Report on vaccination in Madras 1922-1929 - 1922-1929
Year: 1922
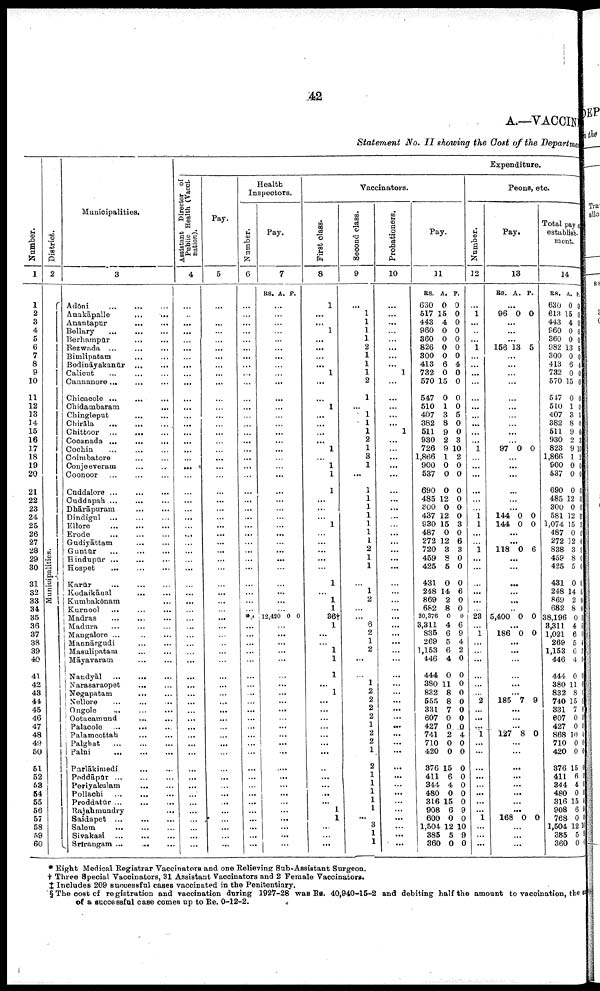
42
A.—VACCINE
Statement No. II showing the Cost of the Department
Number.
1
1
2
3
4
5
6
7
8
9
10
11
12
13
14
15
16
17
18
19
20
21
22
23
24
25
26
27
28
29
30
31
32
33
34
35
36
37
38
39
40
41
42
43
44
45
46
47
48
49
50
51
52
53
54
55
56
57
58
59
60
District.
2
Municipalities.
Municipalities.
3
Adōni...
...
...
Anakāpalle... ... ... ...
Anantapur... ... ...
Bellary...
...
...
Berhampūr... .... ...
Bezwada... ... ... ...
Bimlipatam... ... ...
Bodināyakanūr... ... ...
Calicut... ... ...
Cannanore... ... ... ...
Chicacole...
...
...
Chidambaram... ... ...
Chingleput...
...
...
Chirāla...
...
...
Chittoor...
...
...
Cocanada...
...
...
Cochin... ... ...
Coimbatore... ... ...
Conjeeveram... ... ...
Coonoor... ... ...
Cuddalore...
...
...
Cuddapah... ... ...
Dhārāpuram... ... ...
Dindigul... ... ...
Ellore...
...
...
Erode...
...
...
Gudiyāttam... ... ...
Guntūr...
...
...
Hindupūr ...
...
...
Hospet... ... ...
Karūr...
...
...
Kodaikānal...
...
...
Kumbakōnam... ... ...
Kurnool...
...
...
Madras... ... ...
Madura...
...
...
Mangalore... ... ...
Mannārgudi...
...
...
Masulipatam... ... ...
Māyavaram...
...
...
Nandyāl...
...
...
Narasaraopet... ... ...
Negapatam...
...
...
Nellore... ... ...
Ongole... ... ...
Ootacamund... ... ...
Palacole...
...
...
Palamcottah... ... ...
Palghat...
...
...
Palni...
...
...
Parlākimedi... ... ...
Peddāpūr.... ... ...
Periyakulam...
...
...
Pollachi...
...
...
Proddatūr... ... ...
Rajahmundry... ... ...
Saidapet... ... ...
Salem...
...
...
Sivakasi...
...
...
Srirangam ...
...
...
Expenditure.
Assistant Director of
Public Health (Vacci
nation).
4
...
...
...
...
...
...
...
...
...
...
...
...
...
...
...
...
...
...
...
...
...
...
...
...
...
...
...
...
...
...
...
...
...
...
...
...
...
...
...
...
...
...
...
...
...
...
...
...
...
...
...
...
...
...
...
...
...
...
...
...
Pay.
5
...
...
...
...
...
...
...
...
...
...
...
...
...
...
...
...
...
...
...
...
...
...
...
...
...
...
...
...
...
...
...
...
...
...
...
...
...
...
...
...
...
...
...
...
...
...
...
...
...
...
...
...
...
...
...
...
...
...
...
...
Health
Inspectors.
Number.
6
...
...
...
...
...
...
...
... ...
...
...
...
...
...
...
...
...
...
...
...
...
...
...
...
...
...
...
...
...
...
...
...
...
...
* 9
...
...
...
...
...
...
...
...
...
...
...
...
...
...
...
...
...
...
...
...
...
...
...
...
...
Pay.
7
RS. A. P.
...
...
...
...
...
...
...
...
...
...
...
...
...
...
...
...
...
...
...
...
...
...
...
...
...
...
...
...
...
...
...
...
...
...
12,420 0 0
...
...
...
...
...
...
...
...
...
...
...
...
...
...
...
...
...
...
...
...
...
...
...
...
...
Vaccinators.
First class.
8
1
...
...
1
...
...
...
... 1
...
...
1
...
...
...
...
1
...
1
1
1
...
...
...
1
...
...
...
...
...
1
...
1
1
36†
1
...
...
1
1
1
...
1
...
...
...
...
...
...
...
...
...
...
...
...
1
1
...
...
...
Second class.
9
...
1
1
1
1
2
1
1
1
2
1
...
1
1
1
2
1
3
1
...
1
1
1
1
1
1
1
2
1
1
...
1
2
...
...
6
2
1
2
...
...
1
2
2
2
2
1
2
2
1
2
1
1
1
1
1
...
3
1
1
Probationers.
10
...
...
...
...
...
...
...
... 1
...
...
...
...
...
1
...
...
...
...
...
...
...
...
...
...
...
...
...
...
...
...
...
...
...
...
...
...
...
...
...
...
...
...
...
...
...
...
...
...
...
...
...
...
...
...
...
...
...
...
...
Pay.
11
RS.
630
517
443
960
360
826
300
413
732
570
547
510
407
382
511
930
726
1,866
900
537
690
485
300
437
930
487
272
720
459
425
431
248
869
682
20,376
3,311
835
269
1,153
446
444
380
832
555
331
607
427
741
710
420
376
411
344
480
316
908
600
1,504
385
360
A.
0
15
4
0
0
0
0
6
0
15
0
1
3
8
9
2
9
1
0
0
0
12
0
12
15
0
12
3
8
5
0
14
2
8
0
4
6
5
6
4
0
11
8
8
7
0
0
2
0
0
15
6
4
0
15
6
0
12
5
0
P.
0
0
0
0
0
0
0
4
0
0
0
0
5
0
0
3
10
2
0
0
0
0
0
0
3
0
6
3
0
0
0
6
0
0
0
6
9
4
2
0
0
0
0
0
0
0
0
4
0
0
0
0
0
0
0
9
0
10
9
0
Peons, etc.
Number.
12
...
1
...
..
...
1
...
...
...
...
...
...
...
...
...
...
1
...
...
...
...
...
...
1 1
...
...
1
...
...
...
...
...
...
23
...
1
...
...
...
...
...
...
2
...
...
...
1
...
...
...
...
...
...
...
...
1
...
...
...
Pay.
13
RS. A. P.
...
96 0 0
...
...
...
156 13 5
...
...
...
...
...
...
...
...
...
...
97 0 0
...
...
...
...
...
...
144
144
0
0
0
0
...
...
118 0 6
...
...
...
...
...
...
5,400 0 0
...
186 0 0
...
...
...
...
...
...
185 7 9
...
...
...
127 8 0
...
...
...
...
...
...
...
...
168 0 0
...
...
...
Total pay of
establish
ment.
14
RS.
630
613
443
960
360
982
300
413
732
570
547
510
407
382
511
930
823
1,866
900
537
690
485
300
581
1,074
487
272
838
459
425
431
248
869
682
38,196
3,311
1,021
269
1,153
446
444
380
832
740
331
607
427
868
710
420
376
411
344
480
316
908
768
1,504
385
360
A.
0
15
4
0
0
13
0
6
0
15
0
1
3
8
9
2
9
1
0
0
0
12
0
12
15
0
12
3
8
5
0
14
2
8
0
4
6
5
6
4
0
11
8
15
7
0
0
10
0
0
15
6
4
0
15
6
0
12
5
0
P.
0
0
0
0
0
5
0
4
0
0
0
0
5
0
0
3
10
2
0
0
0
0
0
0
3
0
6
9
0
0
0
6
0
0
0
6
9
4
2
0
0
0
0
9
0
0
0
4
0
0
0
0
0
0
0
0
0
1
0
* Eight Medical Registrar Vaccinators and one Relieving Sub-Assistant Surgeon.
† Three Special Vaccinators, 31 Assistant Vaccinators and 2 Female Vaccinators.
‡ Includes 209 successful cases vaccinated in the Penitentiary.
§ The cost of registration and vaccination during 1927-28 was Rs. 40,940-15-2 and debiting half the amount to vaccination, the
of a successful case comes up to Re. 0-12-2.